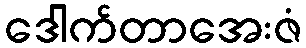
ဒေါက်တာအေးဇံ